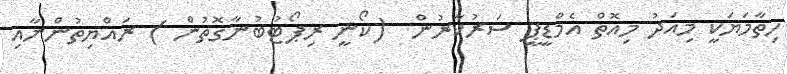
ހިތާމަޔަކީ މިއަދު މިއޮތް އެމްޑީޕީ ސަރުކާރުން  (ކޯނީ ރިޕޯޓުބުނާގޮތުން ) ރައްޔިތުންނާއި